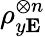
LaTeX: \rho_{y\mathbf{E}}^{\otimes n}